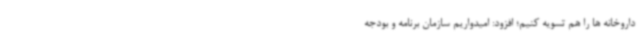
داروخانه ها را هم تسویه کنیم؛ افزود: امیدواریم سازمان برنامه و بودجه